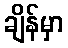
ချိန်မှာ